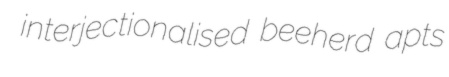
interjectionalised beeherd apts